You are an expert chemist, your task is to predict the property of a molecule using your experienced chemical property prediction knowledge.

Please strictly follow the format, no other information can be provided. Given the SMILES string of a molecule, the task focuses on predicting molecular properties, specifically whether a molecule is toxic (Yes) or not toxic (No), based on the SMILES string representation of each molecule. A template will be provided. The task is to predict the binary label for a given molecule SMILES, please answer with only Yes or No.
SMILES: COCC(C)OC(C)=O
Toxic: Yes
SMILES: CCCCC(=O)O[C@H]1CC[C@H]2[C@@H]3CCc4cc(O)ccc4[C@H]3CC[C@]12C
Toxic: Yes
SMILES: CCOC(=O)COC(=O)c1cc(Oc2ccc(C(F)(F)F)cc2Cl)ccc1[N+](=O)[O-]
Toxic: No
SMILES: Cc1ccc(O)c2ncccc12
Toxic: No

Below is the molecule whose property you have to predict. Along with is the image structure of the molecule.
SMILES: Cc1cccc2sc(N)nc12
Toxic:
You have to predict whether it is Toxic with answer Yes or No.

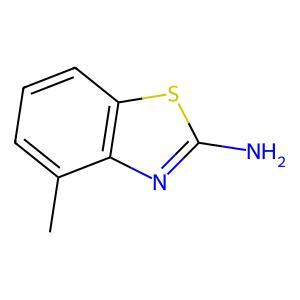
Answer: No